Vaccination United Provinces of Agra and Oudh 1914-1922 - 1914-1922
Year: 1914
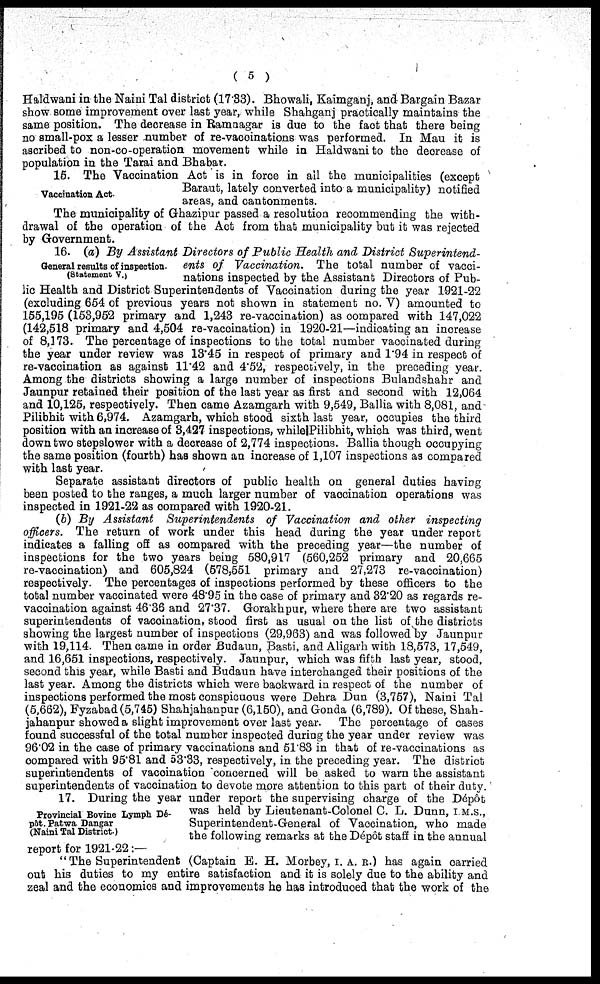
( 5 )
Haldwani in the Naini Tal district (17.33). Bhowali, Kaimganj, and Bargain Bazar
show some improvement over last year, while Shahganj practically maintains the
same position. The decrease in Ramnagar is due to the fact that there being
no small-pox a lesser number of re-vaccinations was performed. In Mau it is
ascribed to non-co-operation movement while in Haldwani to the decrease of
population in the Tarai and Bhabar.
Vaccination Act.
16. The Vaccination Act is in force in all the municipalities (except
Baraut, lately converted into a municipality) notified
areas, and cantonments.
The municipality of Ghazipur passed a resolution recommending the with-
drawal of the operation of the Act from that municipality but it was rejected
by Government.
General results of inspection.
(Statement V.)
16. (a) By Assistant Directors of Public Health and District Superintend-
ents of Vaccination. The total number of vacci-
nations inspected by the Assistant Directors of Pub-
lic Health and District Superintendents of Vaccination during the year 1921-22
(excluding 654 of previous years not shown in statement no. V) amounted to
155,195 (153,952 primary and 1,243 re-vaccination) as compared with 147,022
(142,518 primary and 4,504 re-vaccination) in 1920-21—indicating an increase
of 8,173. The percentage of inspections to the total number vaccinated during
the year under review was 13.45 in respect of primary and 1.94 in respect of
re-vaccination as against 11.42 and 4.52, respectively, in the preceding year.
Among the districts showing a large number of inspections Bulandshahr and
Jaunpur retained their position of the last year as first and second with 12,064
and 10,125, respectively. Then came Azamgarh with 9,549, Ballia with 8,081, and
Pilibhit with 6,974. Azamgarh, which stood sixth last year, occupies the third
position with an increase of 3,427 inspections, while Pilibhit, which was third, went
down two stepslower with a decrease of 2,774 inspections. Ballia though occupying
the same position (fourth) has shown an increase of 1,107 inspections as compared
with last year.
Separate assistant directors of public health on general duties having
been posted to the ranges, a much larger number of vaccination operations was
inspected in 1921-22 as compared with 1920-21.
(b) By Assistant Superintendents of Vaccination and other inspecting
officers. The return of work under this head during the year under report
indicates a falling off as compared with the preceding year—the number of
inspections for the two years being 580,917 (560,252 primary and 20,665
re-vaccination) and 605,824 (678,551 primary and 27,273 re-vaccination)
respectively. The percentages of inspections performed by these officers to the
total number vaccinated were 48.95 in the case of primary and 32.20 as regards re-
vaccination against 46.36 and 27.37. Gorakhpur, where there are two assistant
superintendents of vaccination, stood first as usual on the list of the districts
showing the largest number of inspections (29,963) and was followed by Jaunpur
with 19,114. Then came in order Budaun, Basti, and Aligarh with 18,573, 17,549,
and 16,651 inspections, respectively. Jaunpur, which was fifth last year, stood,
second this year, while Basti and Budaun have interchanged their positions of the
last year. Among the districts which were backward in respect of the number of
inspections performed the most conspicuous were Dehra Dun (3,757), Naini Tal
(5,662), Fyzabad (5,745) Shahjahanpur (6,150), and Gonda (6,789). Of these, Shah-
jahanpur showed a slight improvement over last year. The percentage of cases
found successful of the total number inspected during the year under review was
96.02 in the case of primary vaccinations and 51.83 in that of re-vaccinations as
compared with 95.81 and 53.33, respectively, in the preceding year. The district
superintendents of vaccination concerned will be asked to warn the assistant
superintendents of vaccination to devote more attention to this part of their duty.
Provincial Bovine Lymph Dé-
pôt. Patwa Dangar
(Naini Tal District.)
17. During the year under report the supervising charge of the Dépôt
was held by Lieutenant-Colonel C. L. Dunn, I.M.S.,
Superintendent-General of Vaccination, who made
the following remarks at the Dépôt staff in the annual
report for 1921-22:—
" The Superintendent (Captain E. H. Morbey, I. A. R.) has again carried
out his duties to my entire satisfaction and it is solely due to the ability and
zeal and the economics and improvements he has introduced that the work of the